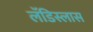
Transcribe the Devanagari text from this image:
लॅडिस्लास